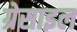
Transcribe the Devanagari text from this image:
ग्रेसाइल